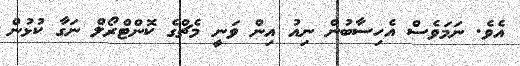
އެވެ. ނަމަވެސް އެހިސާބުން ނިއު އިން ވަނީ މެޗްގެ ކޮންޓްރޯލް ނަގާ ކުޅުން